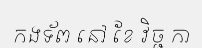
កងទ័ព នៅ ខែ វិច្ជ កា